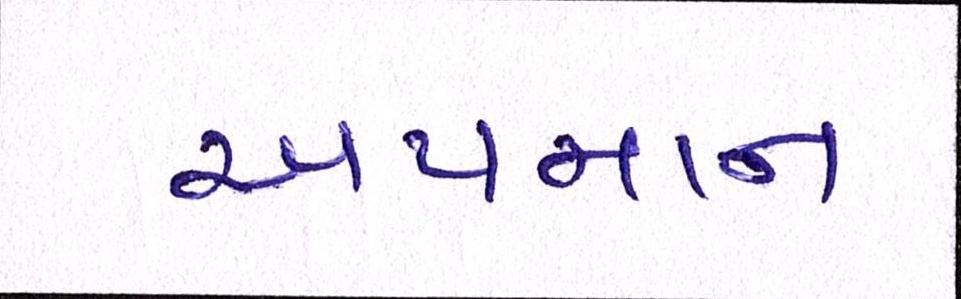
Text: અપમાન